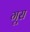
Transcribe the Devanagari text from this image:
गूस